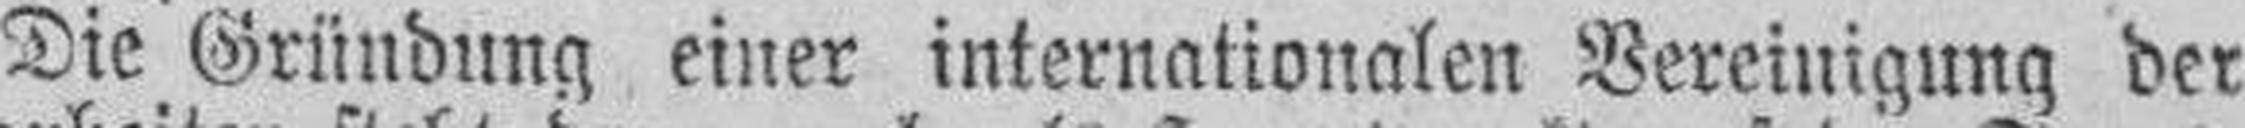
Die Gründung einer internationalen Vereinigung der